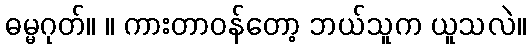
ဓမ္မဂုတ်။ ။ ကားတာဝန်တော့ ဘယ်သူက ယူသလဲ။